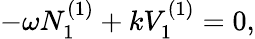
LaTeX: -\omega N_{1}^{(1)}+kV_{1}^{(1)}=0,